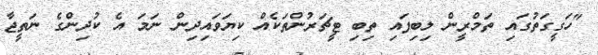
"ހަގީގަތުގައި ތަމްރީން ލިބިފައި ތިބި ޓީޗަރުންތަކެއް ކިޔަވައިދިން ނަމަ އެ ކުދިންގެ ނަތީޖާ